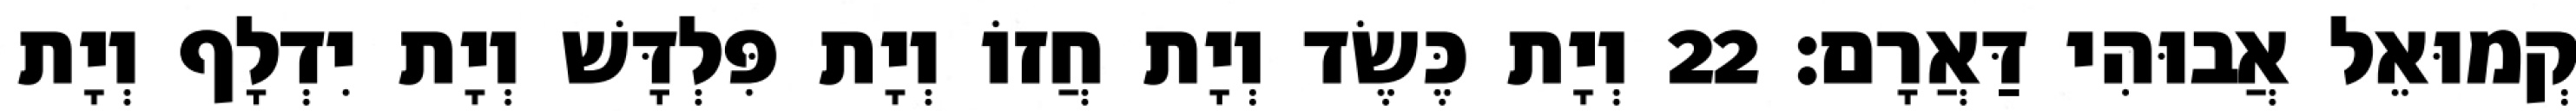
קְמוּאֵל אֲבוּהִי דַּאֲרָם׃ 22 וְיָת כֶּשֶׂד וְיָת חֲזוֹ וְיָת פִּלְדָּשׁ וְיָת יִדְלָף וְיָת